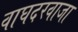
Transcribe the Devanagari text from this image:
वाघदरवाजा